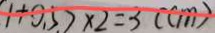
( 1 + 0 . 5 ) \times 2 = 3 ( c m )